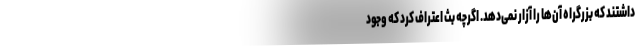
داشتند که بزرگراه آن‌ها را آزار نمی‌دهد. اگرچه بث اعتراف کرد که وجود